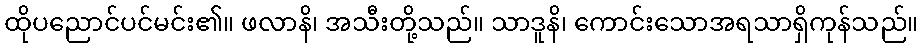
ထိုပညောင်ပင်မင်း၏။ ဖလာနိ၊ အသီးတို့သည်။ သာဒူနိ၊ ကောင်းသောအရသာရှိကုန်သည်။